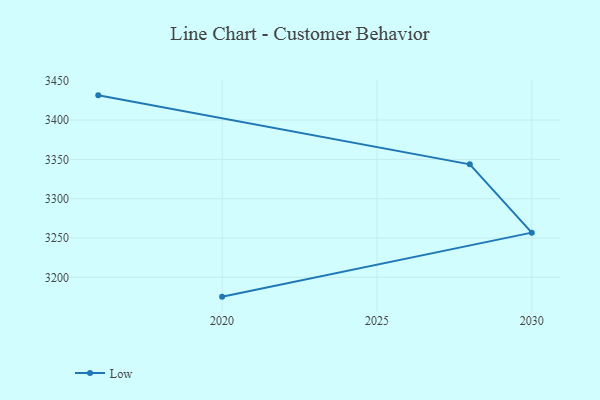
{"axis": {"x": "Year", "y": "Latency (ms)"}, "legend": ["Low"], "data": [{"x": "2020", "y": 3175.4, "type": "Low"}, {"x": "2030", "y": 3256.8, "type": "Low"}, {"x": "2028", "y": 3343.7, "type": "Low"}, {"x": "2016", "y": 3431.4, "type": "Low"}]}